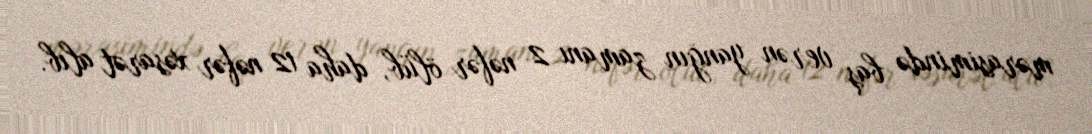
mərasimində baş verən yanğın zamanı 2 nəfər ölüb, daha 12 nəfər xəsarət alıb.